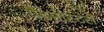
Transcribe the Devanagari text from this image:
ग्रैंडमास्टरों